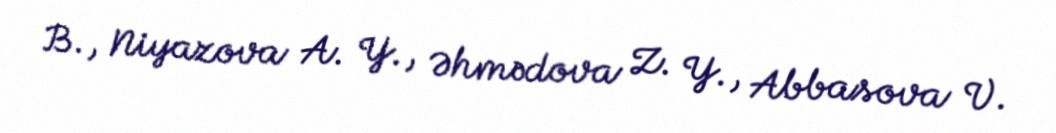
B., Niyazova A. Y., Əhmədova Z. Y., Abbasova V.